Plague in India, 1896, 1897 - Volume 1
Year: 1896
Disease focus: Plague
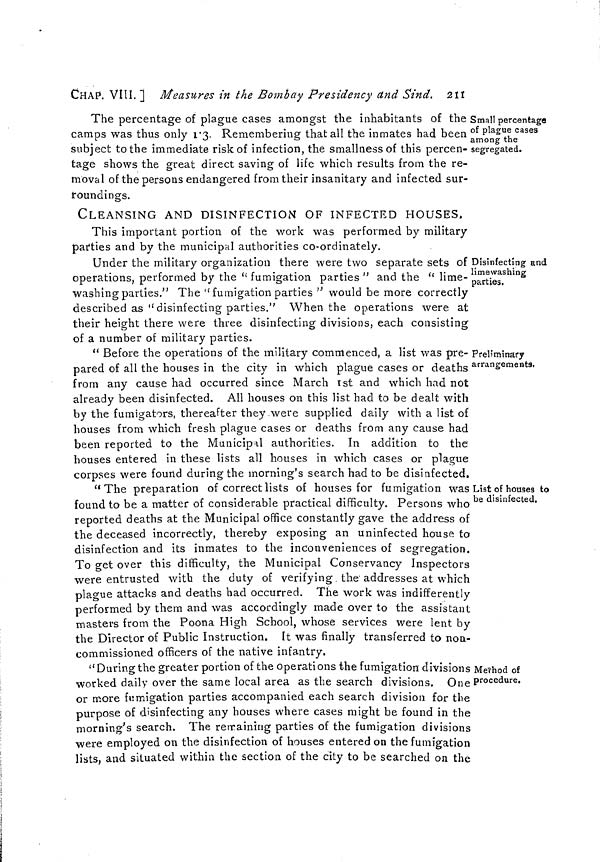
CHAP. VIII.] Measures in the Bombay Presidency and Sind. 211
Small percentage
of plague cases
among the
segregated.
The percentage of plague cases amongst the inhabitants of the
camps was thus only 1 3. Remembering that all the inmates had been
subject to the immediate risk of infection, the smallness of this percen-
tage shows the great direct saving of life which results from the re-
moval of the persons endangered from their insanitary and infected sur-
roundings.
Disinfecting and
limewashing
parties.
CLEANSING AND DISINFECTION OF INFECTED HOUSES.
This important portion of the work was performed by military
parties and by the municipal authorities co-ordinately.
Under the military organization there were two separate sets of
operations, performed by the " fumigation parties " and the " lime-
washing parties." The " fumigation parties " would be more correctly
described as "disinfecting parties." When the operations were at
their height there were three disinfecting divisions, each consisting
of a number of military parties.
Preliminary
arrangements.
" Before the operations of the military commenced, a list was pre-
pared of all the houses in the city in which plague cases or deaths
from any cause had occurred since March 1st and which had not
already been disinfected. All houses on this list had to be dealt with
by the fumigators, thereafter they were supplied daily with a list of
houses from which fresh plague cases or deaths from any cause had
been reported to the Municipal authorities. In addition to the
houses entered in these lists all houses in which cases or plague
corpses were found during the morning's search had to be disinfected.
List of houses to
be disinfected.
" The preparation of correct lists of houses for fumigation was
found to be a matter of considerable practical difficulty. Persons who
reported deaths at the Municipal office constantly gave the address of
the deceased incorrectly, thereby exposing an uninfected house to
disinfection and its inmates to the inconveniences of segregation.
To get over this difficulty, the Municipal Conservancy Inspectors
were entrusted with the duty of verifying the addresses at which
plague attacks and deaths had occurred. The work was indifferently
performed by them and was accordingly made over to the assistant
masters from the Poona High School, whose services were lent by
the Director of Public Instruction. It was finally transferred to non-
commissioned officers of the native infantry.
Method of
procedure.
" During the greater portion of the operations the fumigation divisions
worked daily over the same local area as the search divisions. One
or more fumigation parties accompanied each search division for the
purpose of disinfecting any houses where cases might be found in the
morning's search. The retraining parties of the fumigation divisions
were employed on the disinfection of houses entered on the fumigation
lists, and situated within the section of the city to be searched on the